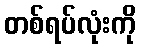
တစ်ရပ်လုံးကို